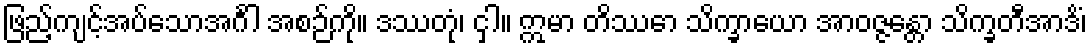
ဖြည့်ကျင့်အပ်သောအင်္ဂါ အစဉ်ကို။ ဒဿတုံ၊ ငှါ။ ဣမာ တိဿော သိက္ခာယော အာဝဇ္ဇန္တော သိက္ခတီအာဒိံ၊